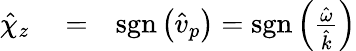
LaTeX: \begin{array}{rlr}{\hat{\chi}_{z}}&{{}=}&{\mathrm{sgn}\left(\hat{v}_{p}\right)=\mathrm{sgn}\left(\frac{\hat{\omega}}{\hat{k}}\right)}\end{array}